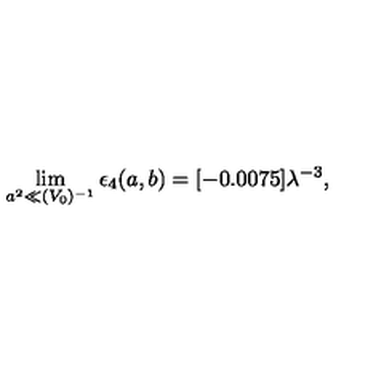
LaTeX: \lim _ { a ^ { 2 } \ll ( V _ { 0 } ) ^ { - 1 } } \epsilon _ { 4 } ( a , b ) = [ - 0 . 0 0 7 5 ] \lambda ^ { - 3 } ,